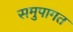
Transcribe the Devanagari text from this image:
समुपागत